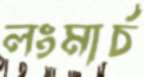
লংমার্চ